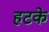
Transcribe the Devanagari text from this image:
हटके